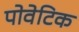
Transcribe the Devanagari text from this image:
पोवेटिक